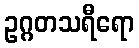
ဥဂ္ဂတသရီရော